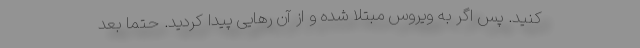
کنید. پس اگر به ویروس مبتلا شده و از آن رهایی پیدا کردید. حتما بعد